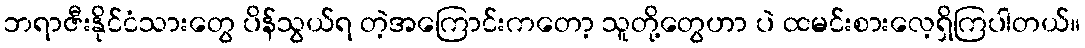
ဘရာဇီးနိုင်ငံသားတွေ ပိန်သွယ်ရ တဲ့အကြောင်းကတော့ သူတို့တွေဟာ ပဲ ထမင်းစားလေ့ရှိကြပါတယ်။